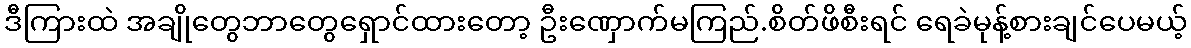
ဒီကြားထဲ အချိုတွေဘာတွေရှောင်ထားတော့ ဦးဏှောက်မကြည်.စိတ်ဖိစီးရင် ရေခဲမုန့်စားချင်ပေမယ့်